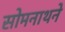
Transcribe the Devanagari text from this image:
सोमनाथने